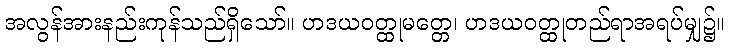
အလွန်အားနည်းကုန်သည်ရှိသော်။ ဟဒယဝတ္ထုမတ္တေ၊ ဟဒယဝတ္ထုတည်ရာအရပ်မျှ၌။